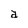
Character: a